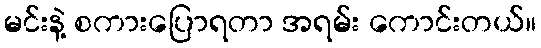
မင်းနဲ့ စကားပြောရတာ အရမ်း ကောင်းတယ်။